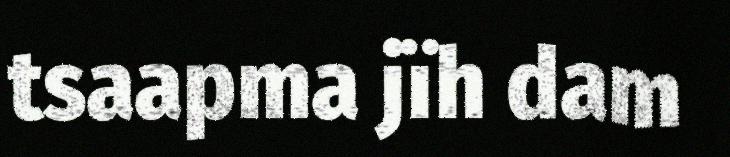
tsaapma jïh dam